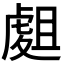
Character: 𧇈